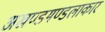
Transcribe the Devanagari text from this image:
अखण्डमण्डलाकार